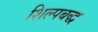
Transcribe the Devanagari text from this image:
शिल्पबद्ध